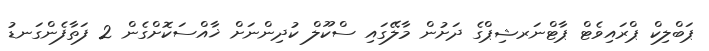
ޕަބްލިކް ޕްރައިވެޓް ޕާޓްނަރޝިޕްގެ ދަށުން މާލޭގައި ސްކޫލް ކުދިންނަށް ޚާއްސަކޮށްގެން 2 ފަތާފެންގަނޑު